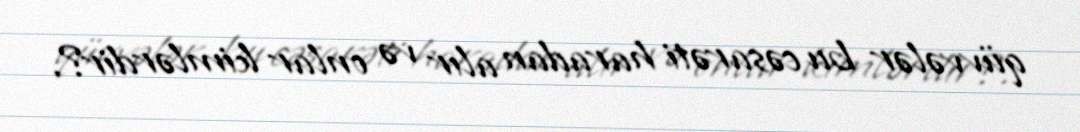
qüvvələr bu cəsarəti haradan alır və onlar kimlərdir?.